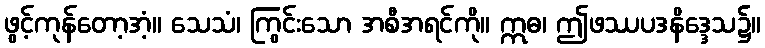
ဖွင့်ကုန်တော့အံ့။ သေသံ၊ ကြွင်းသော အစီအရင်ကို။ ဣဓ၊ ဤဖဿပဒနိဒ္ဒေသ၌။